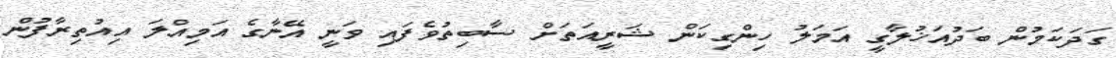
ގަދަކަމުން ބަދުއަޚުލާގީ އަމަލު ހިންގިކަން ޝަރީއަތަށް ސާބިތުވެފައި ވަނީ އޭނާގެ އަމިއްލަ އިއުތިރާފުން